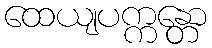
ထေယျပက္ကန္တော